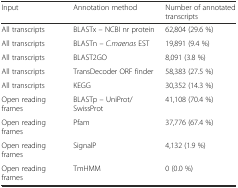
| Input | Annotation method | Number of annotated transcripts |
 | --- | --- | --- |
 | All transcripts | BLASTx – NCBI nr protein | 62,804 (29.6 %) |
 | All transcripts | BLASTn – C.maenas EST | 19,891 (9.4 %) |
 | All transcripts | BLAST2GO | 8,091 (3.8 %) |
 | All transcripts | TransDecoder ORF finder | 58,383 (27.5 %) |
 | All transcripts | KEGG | 30,352 (14.3 %) |
 | Open reading frames | BLASTp – UniProt/SwissProt | 41,108 (70.4 %) |
 | Open reading frames | Pfam | 37,776 (67.4 %) |
 | Open reading frames | SignalP | 4,132 (1.9 %) |
 | Open reading frames | TmHMM | 0 (0.0 %) |